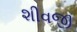
શીવજી